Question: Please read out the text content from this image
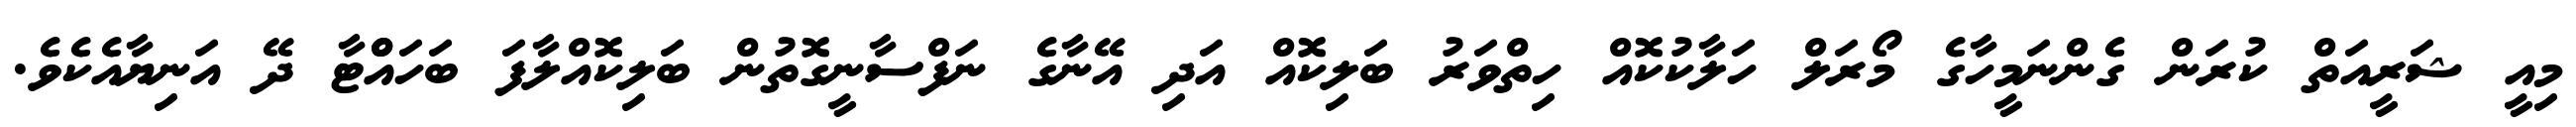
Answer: މިއީ ޝަރީއަތް ކުރަން ގެންނަމީހާގެ މޯރަލް ހަލާކުކޮއް ހިތްވަރު ބަލިކޮއް އަދި އޭނާގެ ނަފްސާނީގޮތުން ބަލިކޮއްލާފަ ބަހައްްޓާ ދޭ އަނިޔާއެކެވެ.